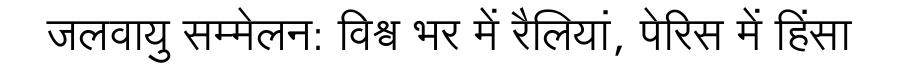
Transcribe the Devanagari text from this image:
जलवायु सम्मेलन: विश्व भर में रैलियां, पेरिस में हिंसा